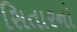
સિતારનો